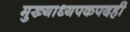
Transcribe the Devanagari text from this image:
मुख्याध्यपकपदही